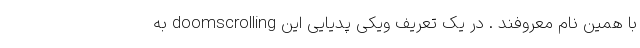
با همین نام معروفند . در یک تعریف ویکی پدیایی این doomscrolling به